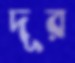
দূর